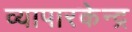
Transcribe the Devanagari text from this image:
व्यापारकेन्द्र